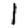
Digit: 1